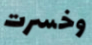
وخسرت